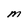
Character: M